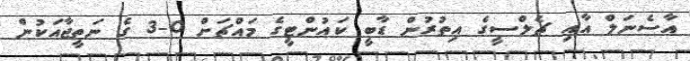
އާސެނަލް އާއި ޗެލްސީގެ އިތުރުން ޑާބީ ކައުންޓީގެ މައްޗަށް 0-3 ގެ ނަތީޖާއަކުން